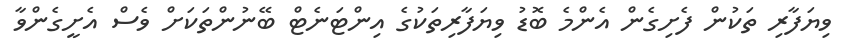
ވިޔަފާރި ތަކުން ފެށިގެން އެންމެ ބޮޑު ވިޔަފާރިތަކުގެ އިންޓަނެޓް ބޭނުންތަކަށް ވެސް އެށީގެންވާ